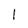
Character: l